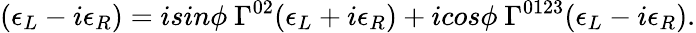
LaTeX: (\epsilon_{L}-i\epsilon_{R})=isin\phi~\Gamma^{02}(\epsilon_{L}+i\epsilon_{R})+icos\phi~\Gamma^{0123}(\epsilon_{L}-i\epsilon_{R}).